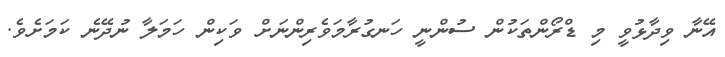
އޭނާ ވިދާޅުވީ މި ޑްރޯންތަކުން ސުންނީ ހަނގުރާމަވެރިންނަށް ވަކިން ހަމަލާ ނުދޭނެ ކަމަށެވެ.